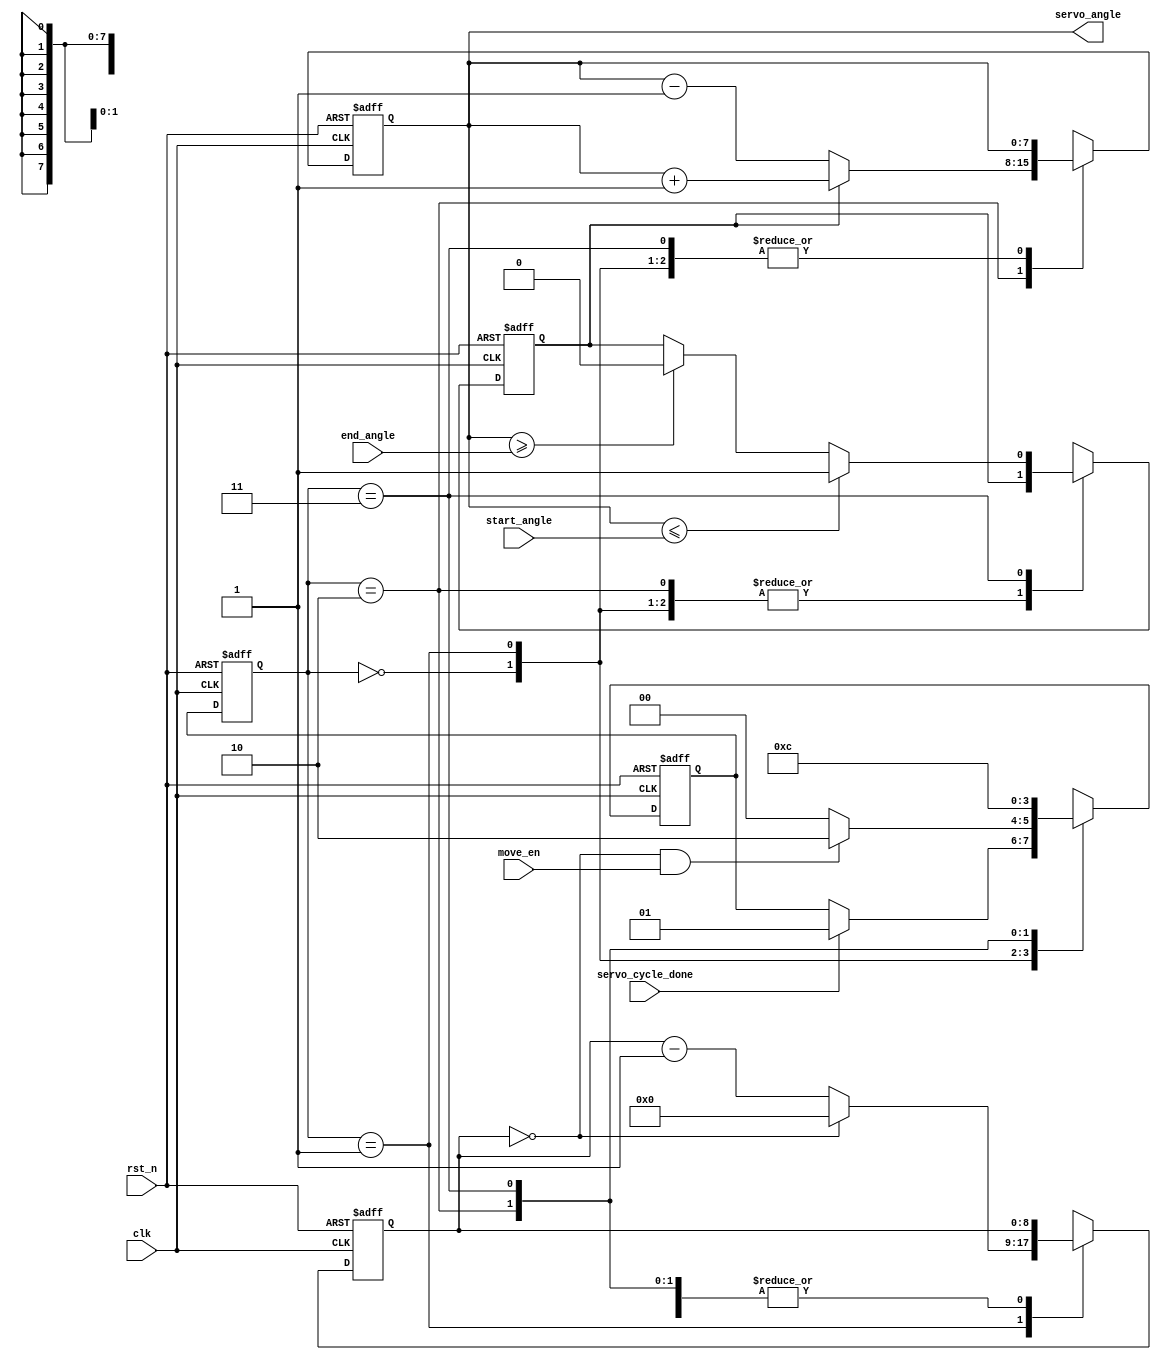
module servo_fsm #(parameter PWM_CYCLES_PER_ITER = 1)(
        input   wire        clk,
        input   wire        rst_n,
        input   wire        servo_cycle_done,
        output  reg[7:0]    servo_angle = 8'h80,
        input   wire        move_en,     
        input   wire[7:0]   start_angle, 
        input   wire[7:0]   end_angle    
    );
    reg[1:0]    state       = 0;         
    reg[1:0]    next_state  = 0;         
    parameter   WAIT_SERVO  = 2'b00;
    parameter   DIVIDE      = 2'b01;
    parameter   ANGLE_UPD   = 2'b10;
    parameter   DIR_UPD     = 2'b11;
    reg[8:0]    divider     = PWM_CYCLES_PER_ITER - 1;
    reg         servo_dir   = 0;     
    always @(posedge clk or negedge rst_n) begin
        if (~rst_n) begin
            state = WAIT_SERVO;
        end else begin
            state = next_state;
        end
    end
    always @(posedge clk or negedge rst_n) begin
        if (~rst_n) begin
            next_state = WAIT_SERVO;
        end else begin
            case (state)
                WAIT_SERVO: begin
                    if (servo_cycle_done) begin
                        next_state  = DIVIDE;
                    end
                end
                DIVIDE: begin
                    if (divider == 0 && move_en == 1) begin
                        next_state  = ANGLE_UPD;
                    end else begin
                        next_state  = WAIT_SERVO;
                    end
                end
                ANGLE_UPD: begin
                    next_state  = DIR_UPD;
                end
                DIR_UPD: begin
                    next_state  = WAIT_SERVO;
                end
            endcase
        end
    end
    always @(posedge clk or negedge rst_n) begin
        if (~rst_n) begin
            divider     = PWM_CYCLES_PER_ITER;
            servo_dir   = 0;
            servo_angle = 8'h80;
        end else begin
            case (state)
                WAIT_SERVO: begin
                end
                DIVIDE: begin
                    if (divider == 0) begin
                        divider = PWM_CYCLES_PER_ITER - 1;
                    end else begin
                        divider = divider - 1;
                    end
                end
                ANGLE_UPD: begin
                    if (servo_dir) begin
                        servo_angle = servo_angle + 1;
                    end else begin
                        servo_angle = servo_angle - 1;
                    end
                end
                DIR_UPD: begin
                    if (servo_angle <= start_angle) begin
                        servo_dir = 1;
                    end else if (servo_angle >= end_angle) begin
                        servo_dir = 0;
                    end
                end
            endcase
        end
    end
endmodule